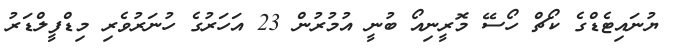
ޔުނައިޓެޑްގެ ކޯޗް ހޯސޭ މޮރީނިއޯ ބުނީ އުމުރުން 23 އަހަރުގެ ހުނަރުވެރި މިޑްފީލްޑަރު